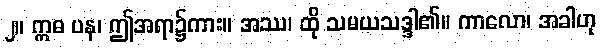
၂။ ဣဓ ပန၊ ဤအရာ၌ကား။ အဿ၊ ထို သမယသဒ္ဒါ၏။ ကာလော၊ အခါဟု